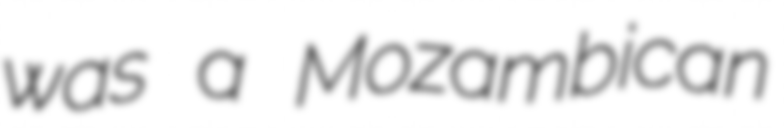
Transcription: was a Mozambican